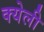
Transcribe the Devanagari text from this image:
क्येली